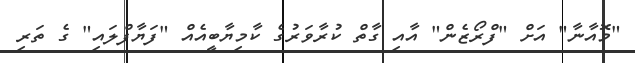
"މޮއާނާ" އަށް "ފްރޯޒެން" އާއި ގާތް ކުރާވަރުގެ ކާމިޔާބީއެއް "ފަޔާފްލައި" ގެ ތަރި